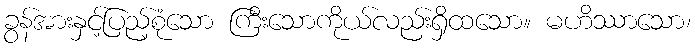
ခွန်အားနှင့်ပြည့်စုံသော ကြီးသောကိုယ်လည်းရှိထသော။ မဟိဿာသော၊